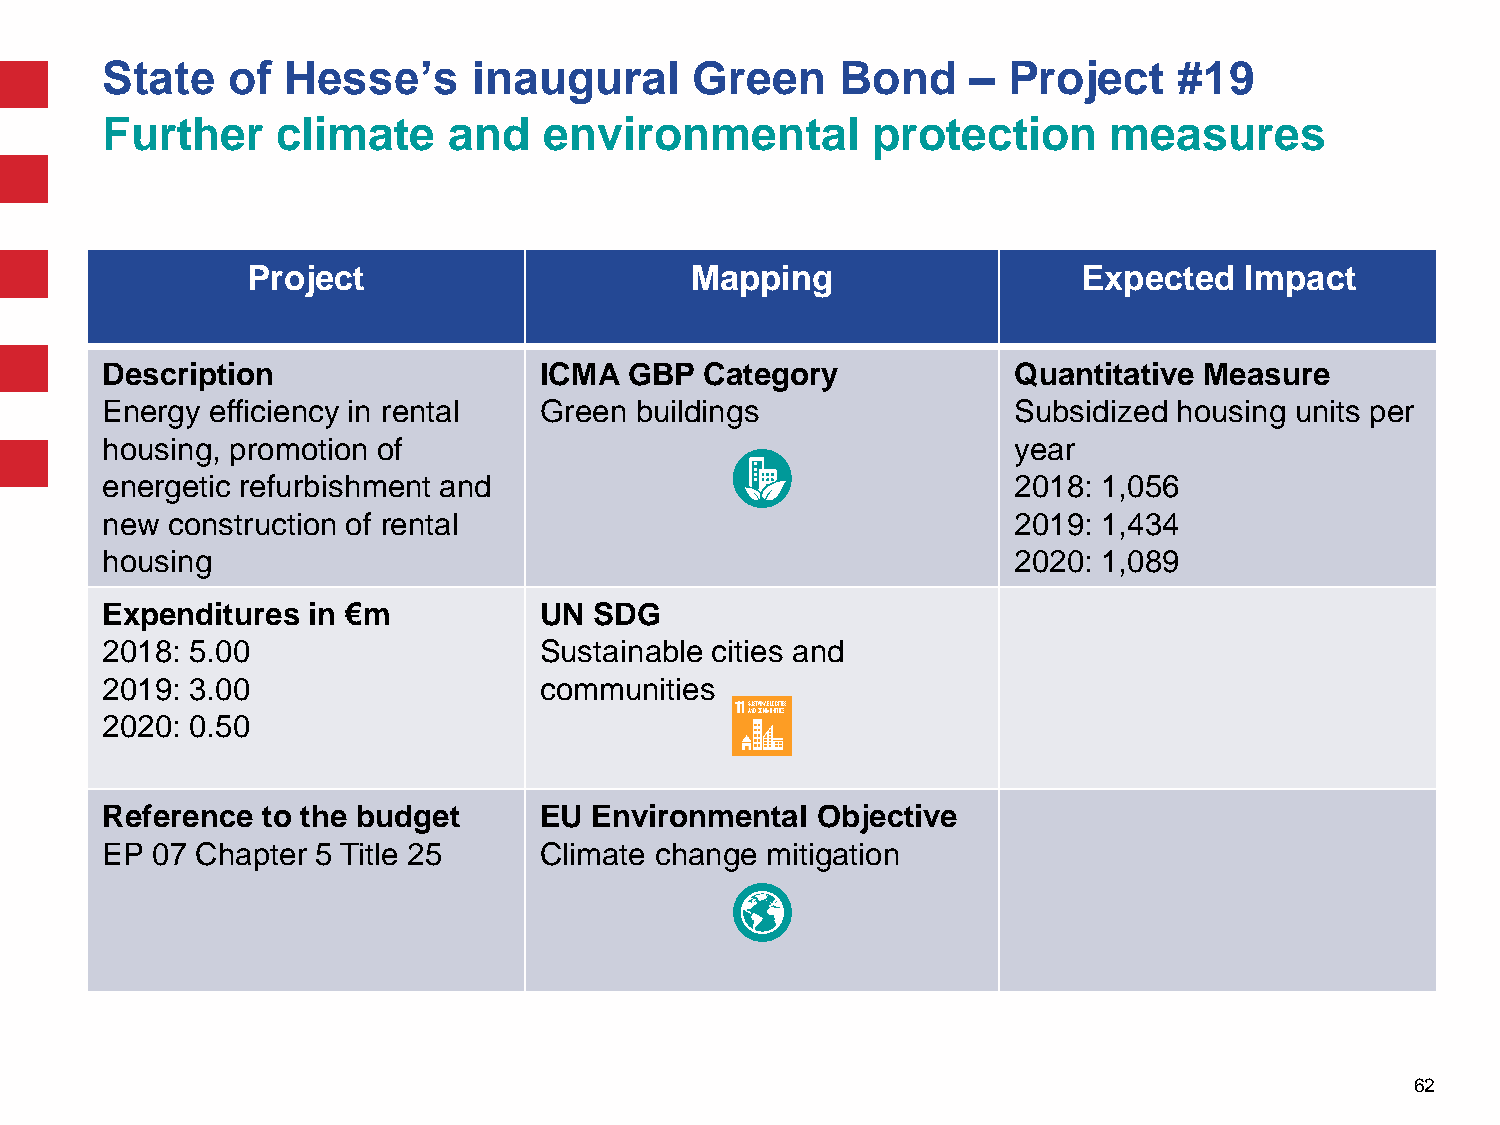
State   of  Hesse’s     inaugural      Green     Bond    –  Project    #19
 Further    climate     and   environmental         protection     measures
 Project                       Mapping                   Expected  Impact
 Description                  ICMA  GBP  Category            Quantitative Measure
 Energy efficiency in rental  Green buildings                Subsidized housing units per
 housing, promotion of                                       year
 energetic refurbishment and                                 2018: 1,056
 new construction of rental                                  2019: 1,434
 housing                                                     2020: 1,089
 Expenditures in €m           UN SDG
 2018: 5.00                   Sustainable cities and
 2019: 3.00                   communities
 2020: 0.50
 Reference to the budget      EU Environmental  Objective
 EP 07 Chapter 5 Title 25     Climate change mitigation
 62